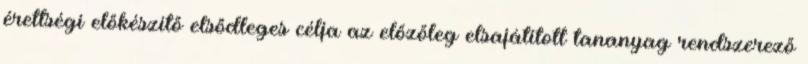
érettségi előkészítő elsődleges célja az előzőleg elsajátított tananyag rendszerező